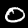
Label: 0